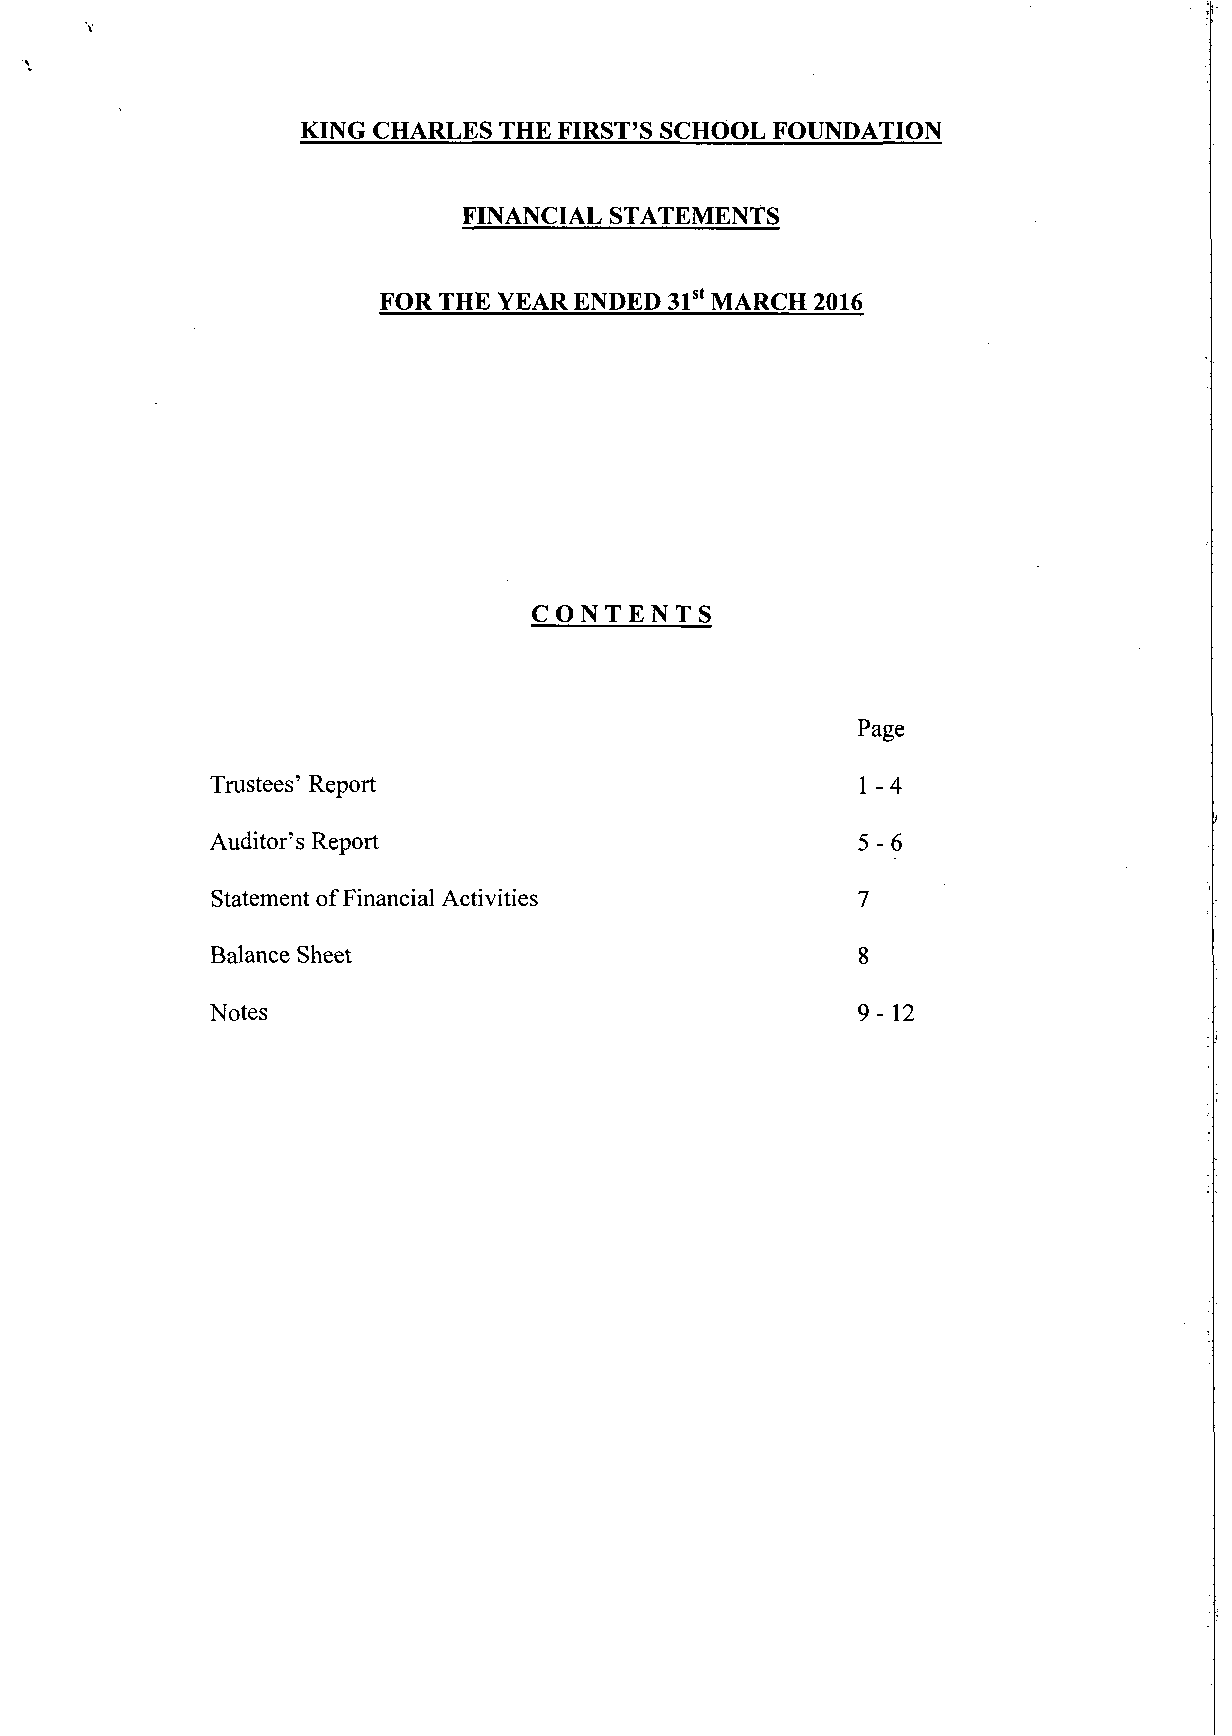
KING CHARLES THE FIRST'S SCHOOL FOUNDATION
 FINANCIAL STATEMENTS
 FOR THE YEAR ENDED 31st MARCH 2016
 CONTENTS
 Page
 Trustees' Report                           1 - 4
 Auditor's Report                           5-6
 Statement of Financial Activities          7
 Balance Sheet                              8
 Notes                                      9-12